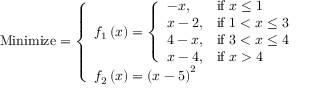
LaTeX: { \mathrm { M i n i m i z e } } = { \left\{ \begin{array} { l l } { f _ { 1 } \left( x \right) = { \left\{ \begin{array} { l l } { - x , } & { { \mathrm { i f ~ } } x \leq 1 } \\ { x - 2 , } & { { \mathrm { i f ~ } } 1 < x \leq 3 } \\ { 4 - x , } & { { \mathrm { i f ~ } } 3 < x \leq 4 } \\ { x - 4 , } & { { \mathrm { i f ~ } } x > 4 } \end{array} \right. } } \\ { f _ { 2 } \left( x \right) = \left( x - 5 \right) ^ { 2 } } \end{array} \right. }